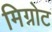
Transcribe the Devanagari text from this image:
मिग्नोट